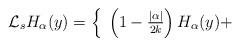
LaTeX: \begin{align*}\mathcal{L}_s H_\alpha (y) = \left\{ \begin{array}{rcl}\left( 1 - \frac{|\alpha|}{2k} \right) H_\alpha(y) + \end{array} \right. \end{align*}